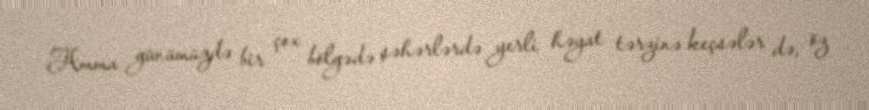
Amma günümüzdə bir çox bölgədə şəhərlərdə yerli həyat tərzinə keçsələr də, öz